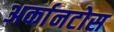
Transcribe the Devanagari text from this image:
अर्कानटोस